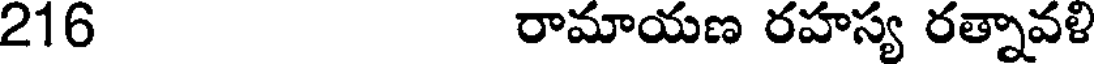
216 రామాయణ రహస్య రత్నావళి